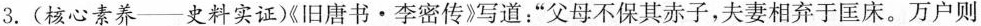
3.(核心素养-史料实证)《旧唐书·李密传》写道：”父母不保其赤子，夫妻相弃于匡床。万户则